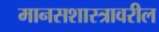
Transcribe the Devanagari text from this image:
मानसशास्‍त्रावरील